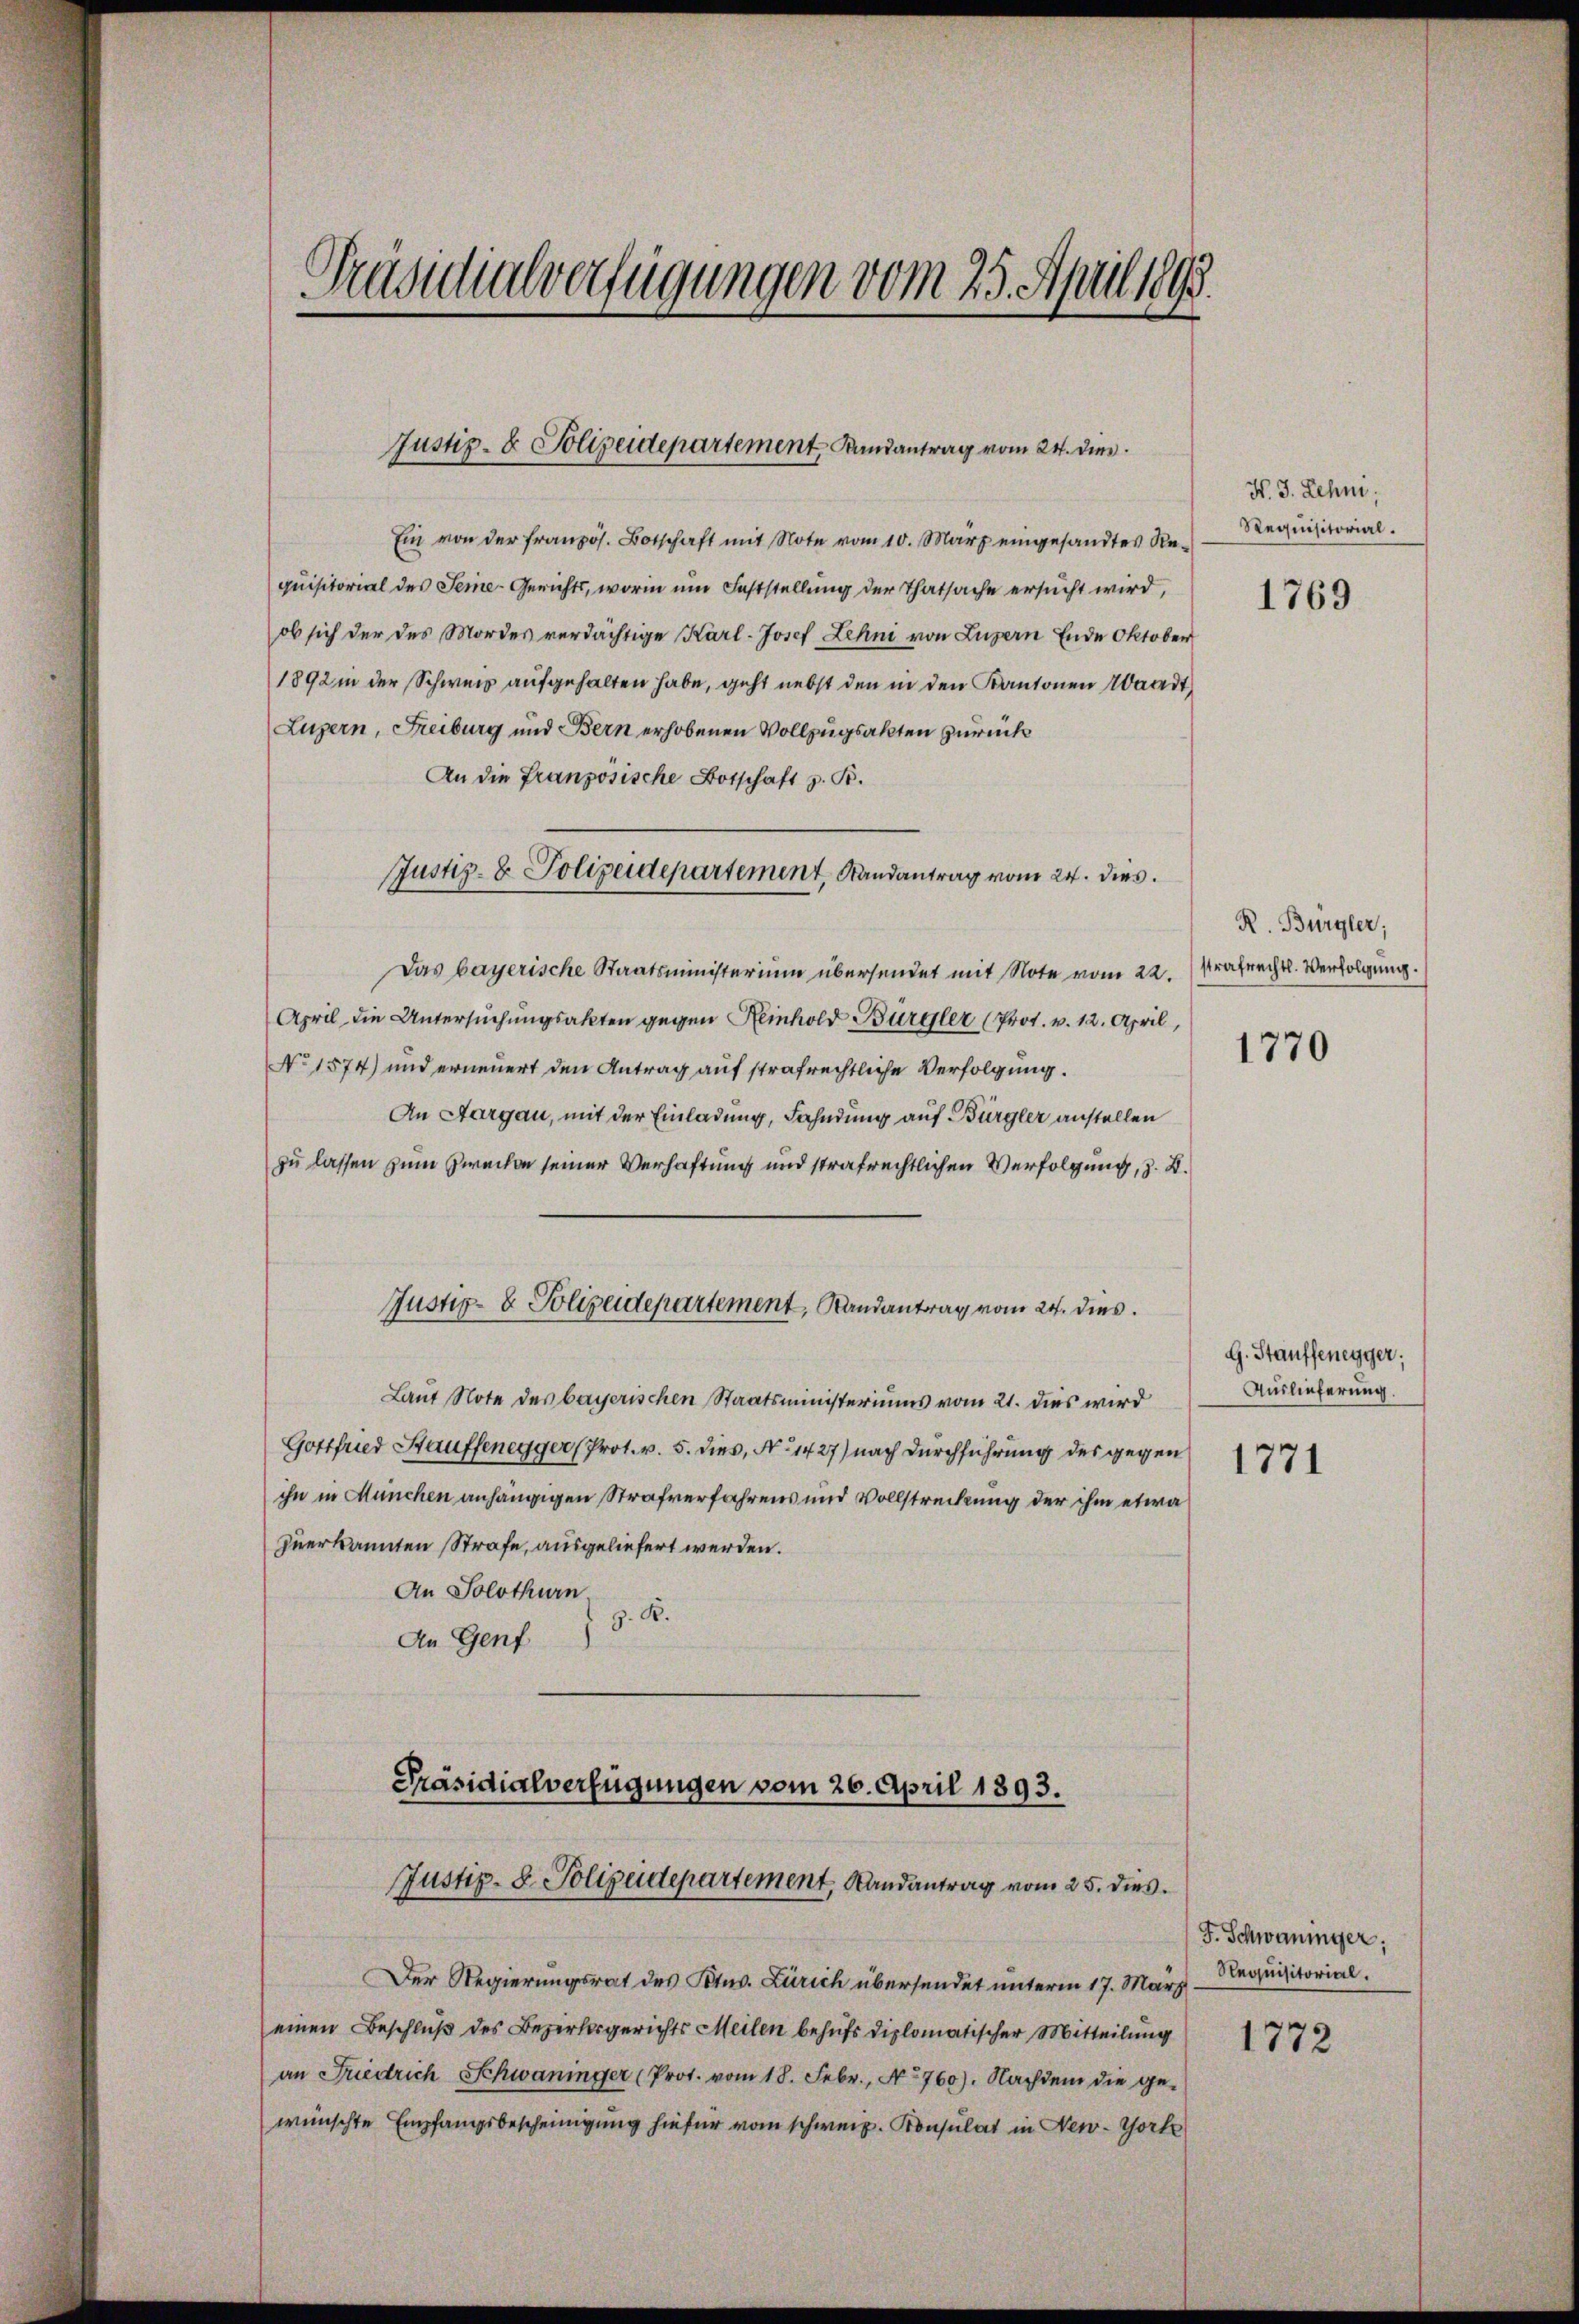
Präsidialverfügungen vom 25. April 1893.

Justiz- & Polizeidepartement, Landantrag vom 24. dies

Ein von der französ. Botschaft mit Note vom 10. März eingesandtes Requisitorial des Seine-Gerichts, worin um Feststellung der Thatsache ersucht wird,
ob sich der des Mordes verdächtige Karl-Josef Lehni von Luzern Ende Oktober
1892 der Schweiz aufgehalten habe, geht nebst den in den Kantonen Waadt,
Luzern, Freiburg und Bern erhobenen Vollzugsakten zurück
An die Französische Botschaft z. B.
Justiz- & Polizeidepartement, Randantrag vom 24. dies
Das bayerische Staatsministerium übersendet mit Note vom 22. strafrechts. Verfolgung.
April die Untersuchungsakten gegen Reinhold Bürgler (Prot. v. 12. April,
No 1574) und erneuert den Antrag auf strafrechtliche Verfolgung.
An Aargau, mit der Einladung, Fahndung auf Bürgler anstellen
zu lassen zum Zwecken seiner Verhaftung und strafrechtlichen Verfolgung, z. B.
Justiz- & Polizeidepartement, Randantrag vom 24. dies
Laut Note des bayerischen Staatsministeriums vom 21. dies wird
Gottfried Hauffenegger (Prot. v. 5. dies, No 1427) nach Durchführung des gegen
ihn in München anhängigen Strafverfahrens und Vollstreckung der ihm etwa
zuerkannten Strafe, ausgeliefert werden.
An Solothurn.
g. K.
An Genf

Der Regierungsrat des Peter. Zürich übersendet unterm 17. März
einen Beschluß des Bezirksgerichts Meilen behufs diplomatischer Mitteilung
an Friedrich Schwaninger (Prot. vom 18. Febr., No 760). Nachdem die ge-
wünschte Empfangsbescheinigung hiefür vom schweiz. Konsulat in New-York

Präsidialverfügungen vom 26. April 1893.
Justiz- 8. Polizeidepartement, Randantrag vom 25. dies

N. J. Lehni;
Requisitorial.

1769

R. Bürgler;

1770

G. Stauffenegger;
Auslieferung.
1771

F. Schwaninger.
Requisitorial.

1772